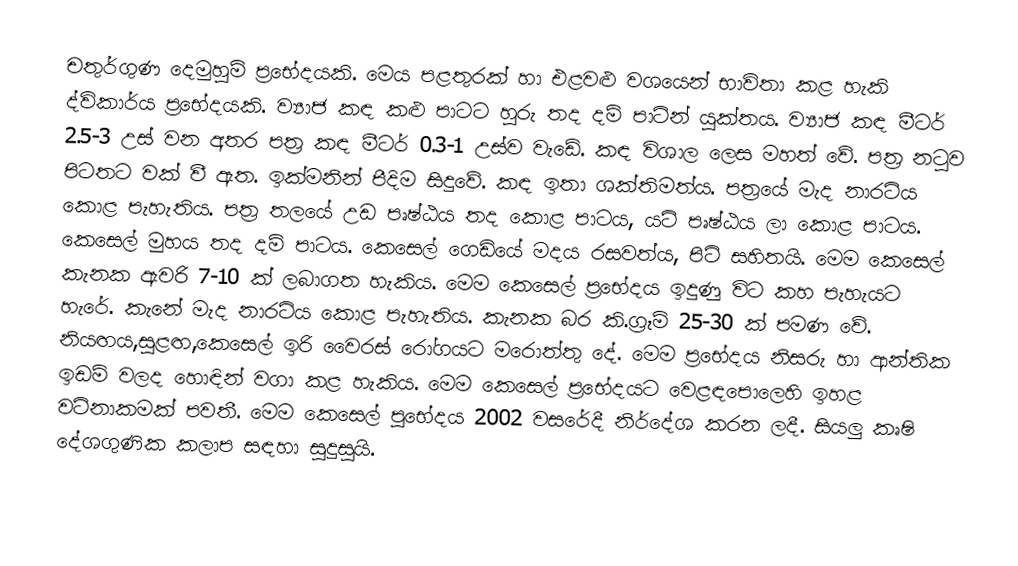
චතුර්ගුණ දෙමුහුම් ප්‍රභේදයකි. මෙය පළතුරක් හා එළවළු වශයෙන් භාවිතා කළ හැකි ද්විකාර්ය ප්‍රභේදයකි. ව්‍යාජ කඳ කළු පාටට හුරු තද දම් පාටින් යුක්තය. ව්‍යාජ කඳ මීටර් 2.5-3 උස් වන අතර පත්‍ර කඳ මීටර්   0.3-1 උස්ව වැඩේ. කඳ විශාල ලෙස මහත් වේ. පත්‍ර නටුව පිටතට වක් වී ඇත. ඉක්මනින් පීදිම සිදුවේ. කඳ ඉතා ශක්තිමත්ය. පත්‍රයේ මැද නාරටිය කොළ පැහැතිය‍. පත්‍ර තලයේ උඩ පෘෂ්ඨය තද කොළ පාටය, යටි පෘෂ්ඨය ලා කොළ පාටය. කෙසෙල් මුහය තද දම් පාටය. කෙසෙල් ‌ගෙඩියේ මදය රසවත්ය, පිටි සහිතයි. මෙම කෙසෙල් කැනක ඇවරි 7-10 ක් ලබාගත හැකිය. මෙම කෙසෙල් ප්‍රභේදය ඉදුණු විට කහ පැහැයට හැරේ. කැනේ මැද නාරටිය කොළ පැහැතිය‍. කැනක බර කි.ග්‍රෑම් 25-30 ක් පමණ වේ. නියඟය,සුළඟ,කෙසෙල් ඉරි වෛරස්  රෝගයට මරොත්තු දේ. මෙම ප්‍රභේදය නිසරු හා ආන්තික ඉඩම් වලද හොඳින් වගා කළ හැකිය. මෙම කෙසෙල් ප්‍රභේදයට වෙළඳපොලෙහි ඉහළ වටිනාකමක් පවතී. මෙම කෙසෙල් පුභේදය 2002 වසරේදී නිර්දේශ කරන ලදී. සියලු කෘෂි දේශගුණික කලාප සඳහා සුදුසුයි.